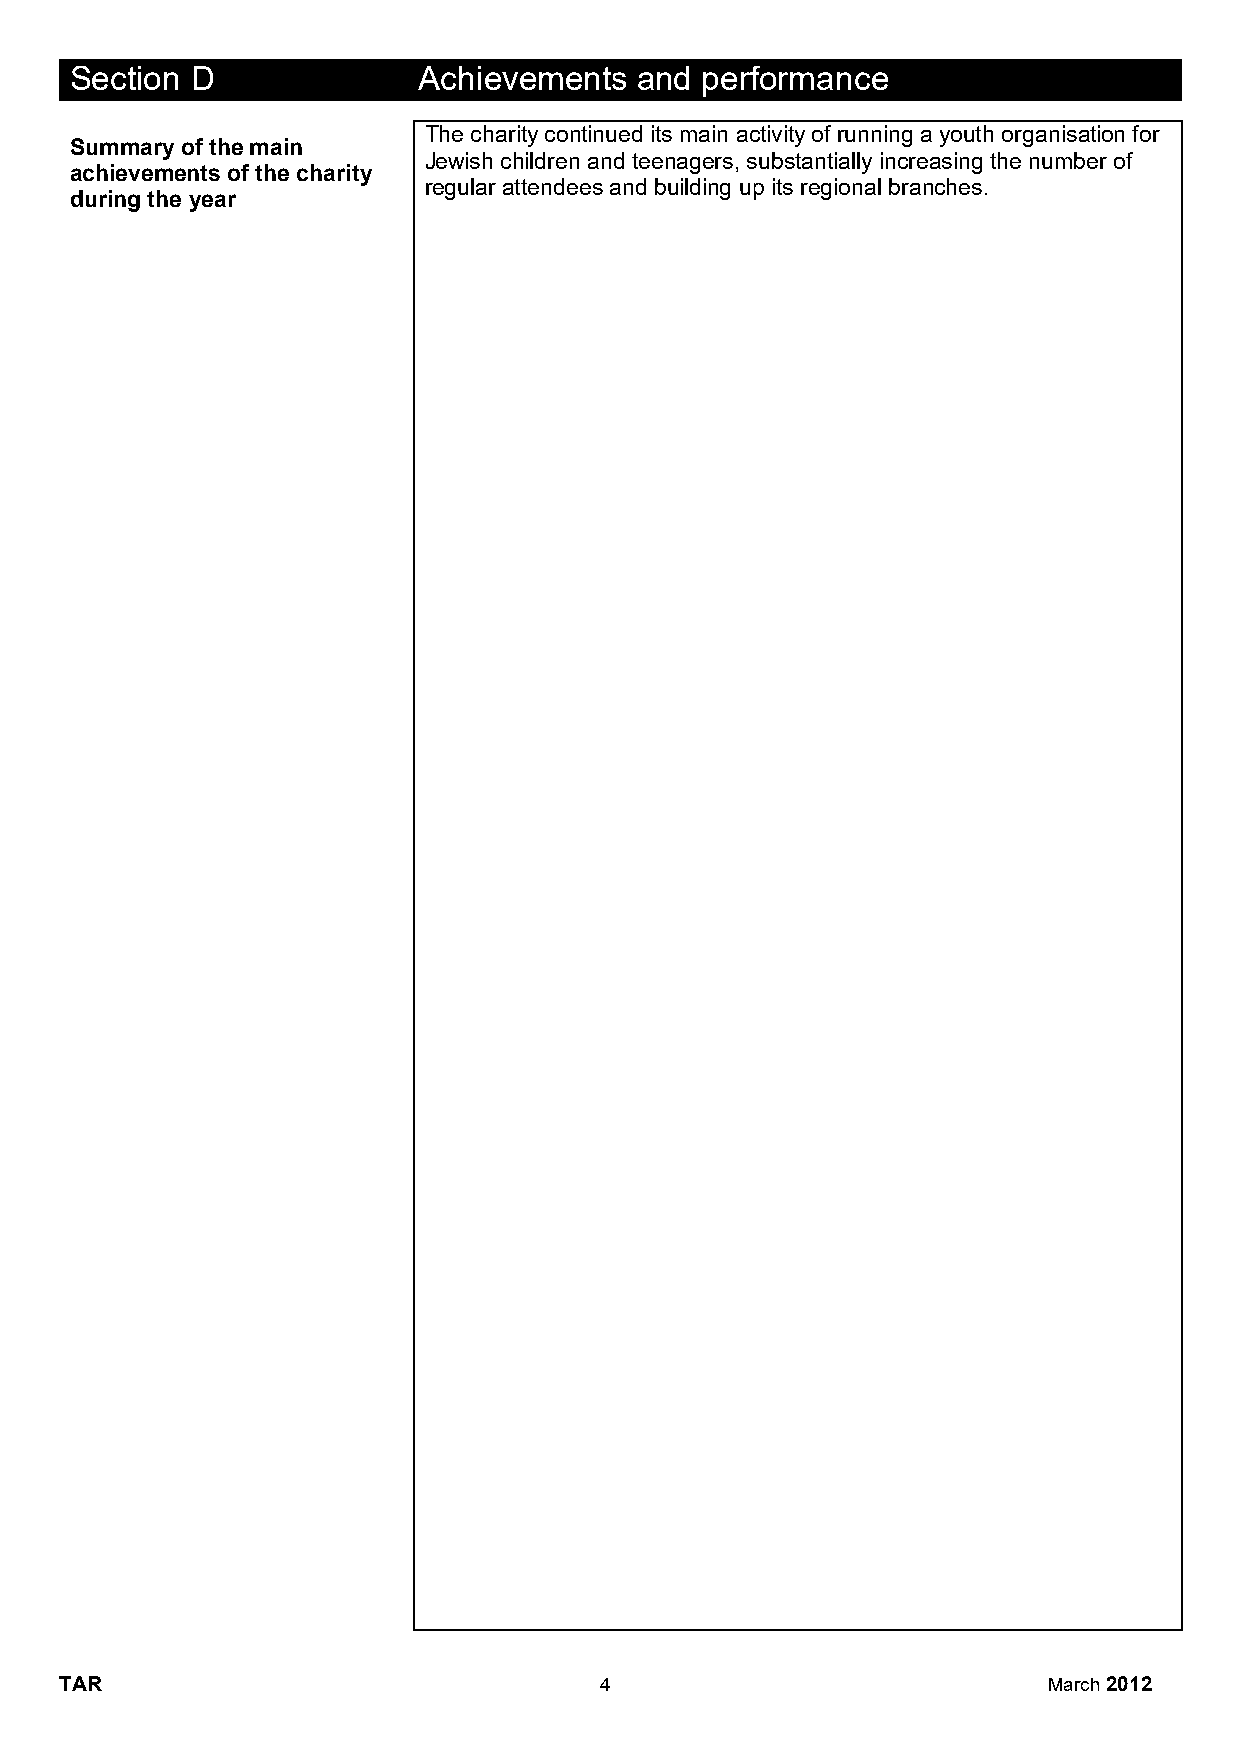
Section D              Achievements  and performance
 The charity continued its main activity of running a youth organisation for
 Summary of the main
 Jewish children and teenagers, substantially increasing the number of
 achievements of the charity
 regular attendees and building up its regional branches.
 during the year
 TAR                                 4                            March 2012